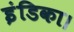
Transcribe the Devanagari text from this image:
इंडिका।